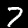
Digit: 7